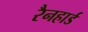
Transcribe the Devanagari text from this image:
रैनहार्ड